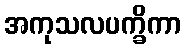
အကုသလပက္ခိကာ